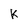
Character: k